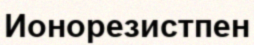
Ионорезистпен